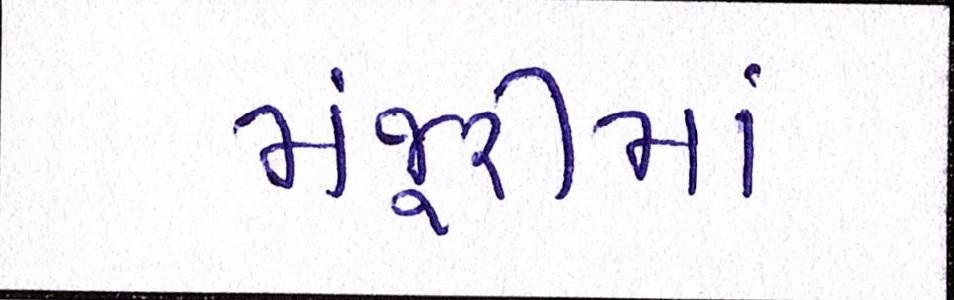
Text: મંજૂરીમાં